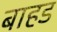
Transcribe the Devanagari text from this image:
बाहड